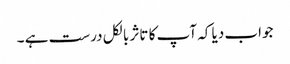
جواب دیا کہ آپ کا تاثر بالکل درست ہے ۔